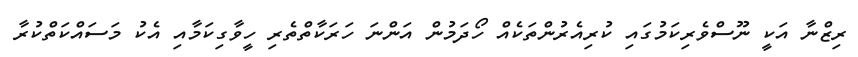
ރިޒްނާ އަކީ ނޫސްވެރިކަމުގައި ކުރިއެރުންތަކެއް ހޯދަމުން އަންނަ ހަރަކާތްތެރި ހީވާގިކަމާއި އެކު މަސައްކަތްކުރާ